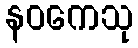
နဝကေသု